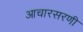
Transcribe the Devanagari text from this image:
आचारसरणी